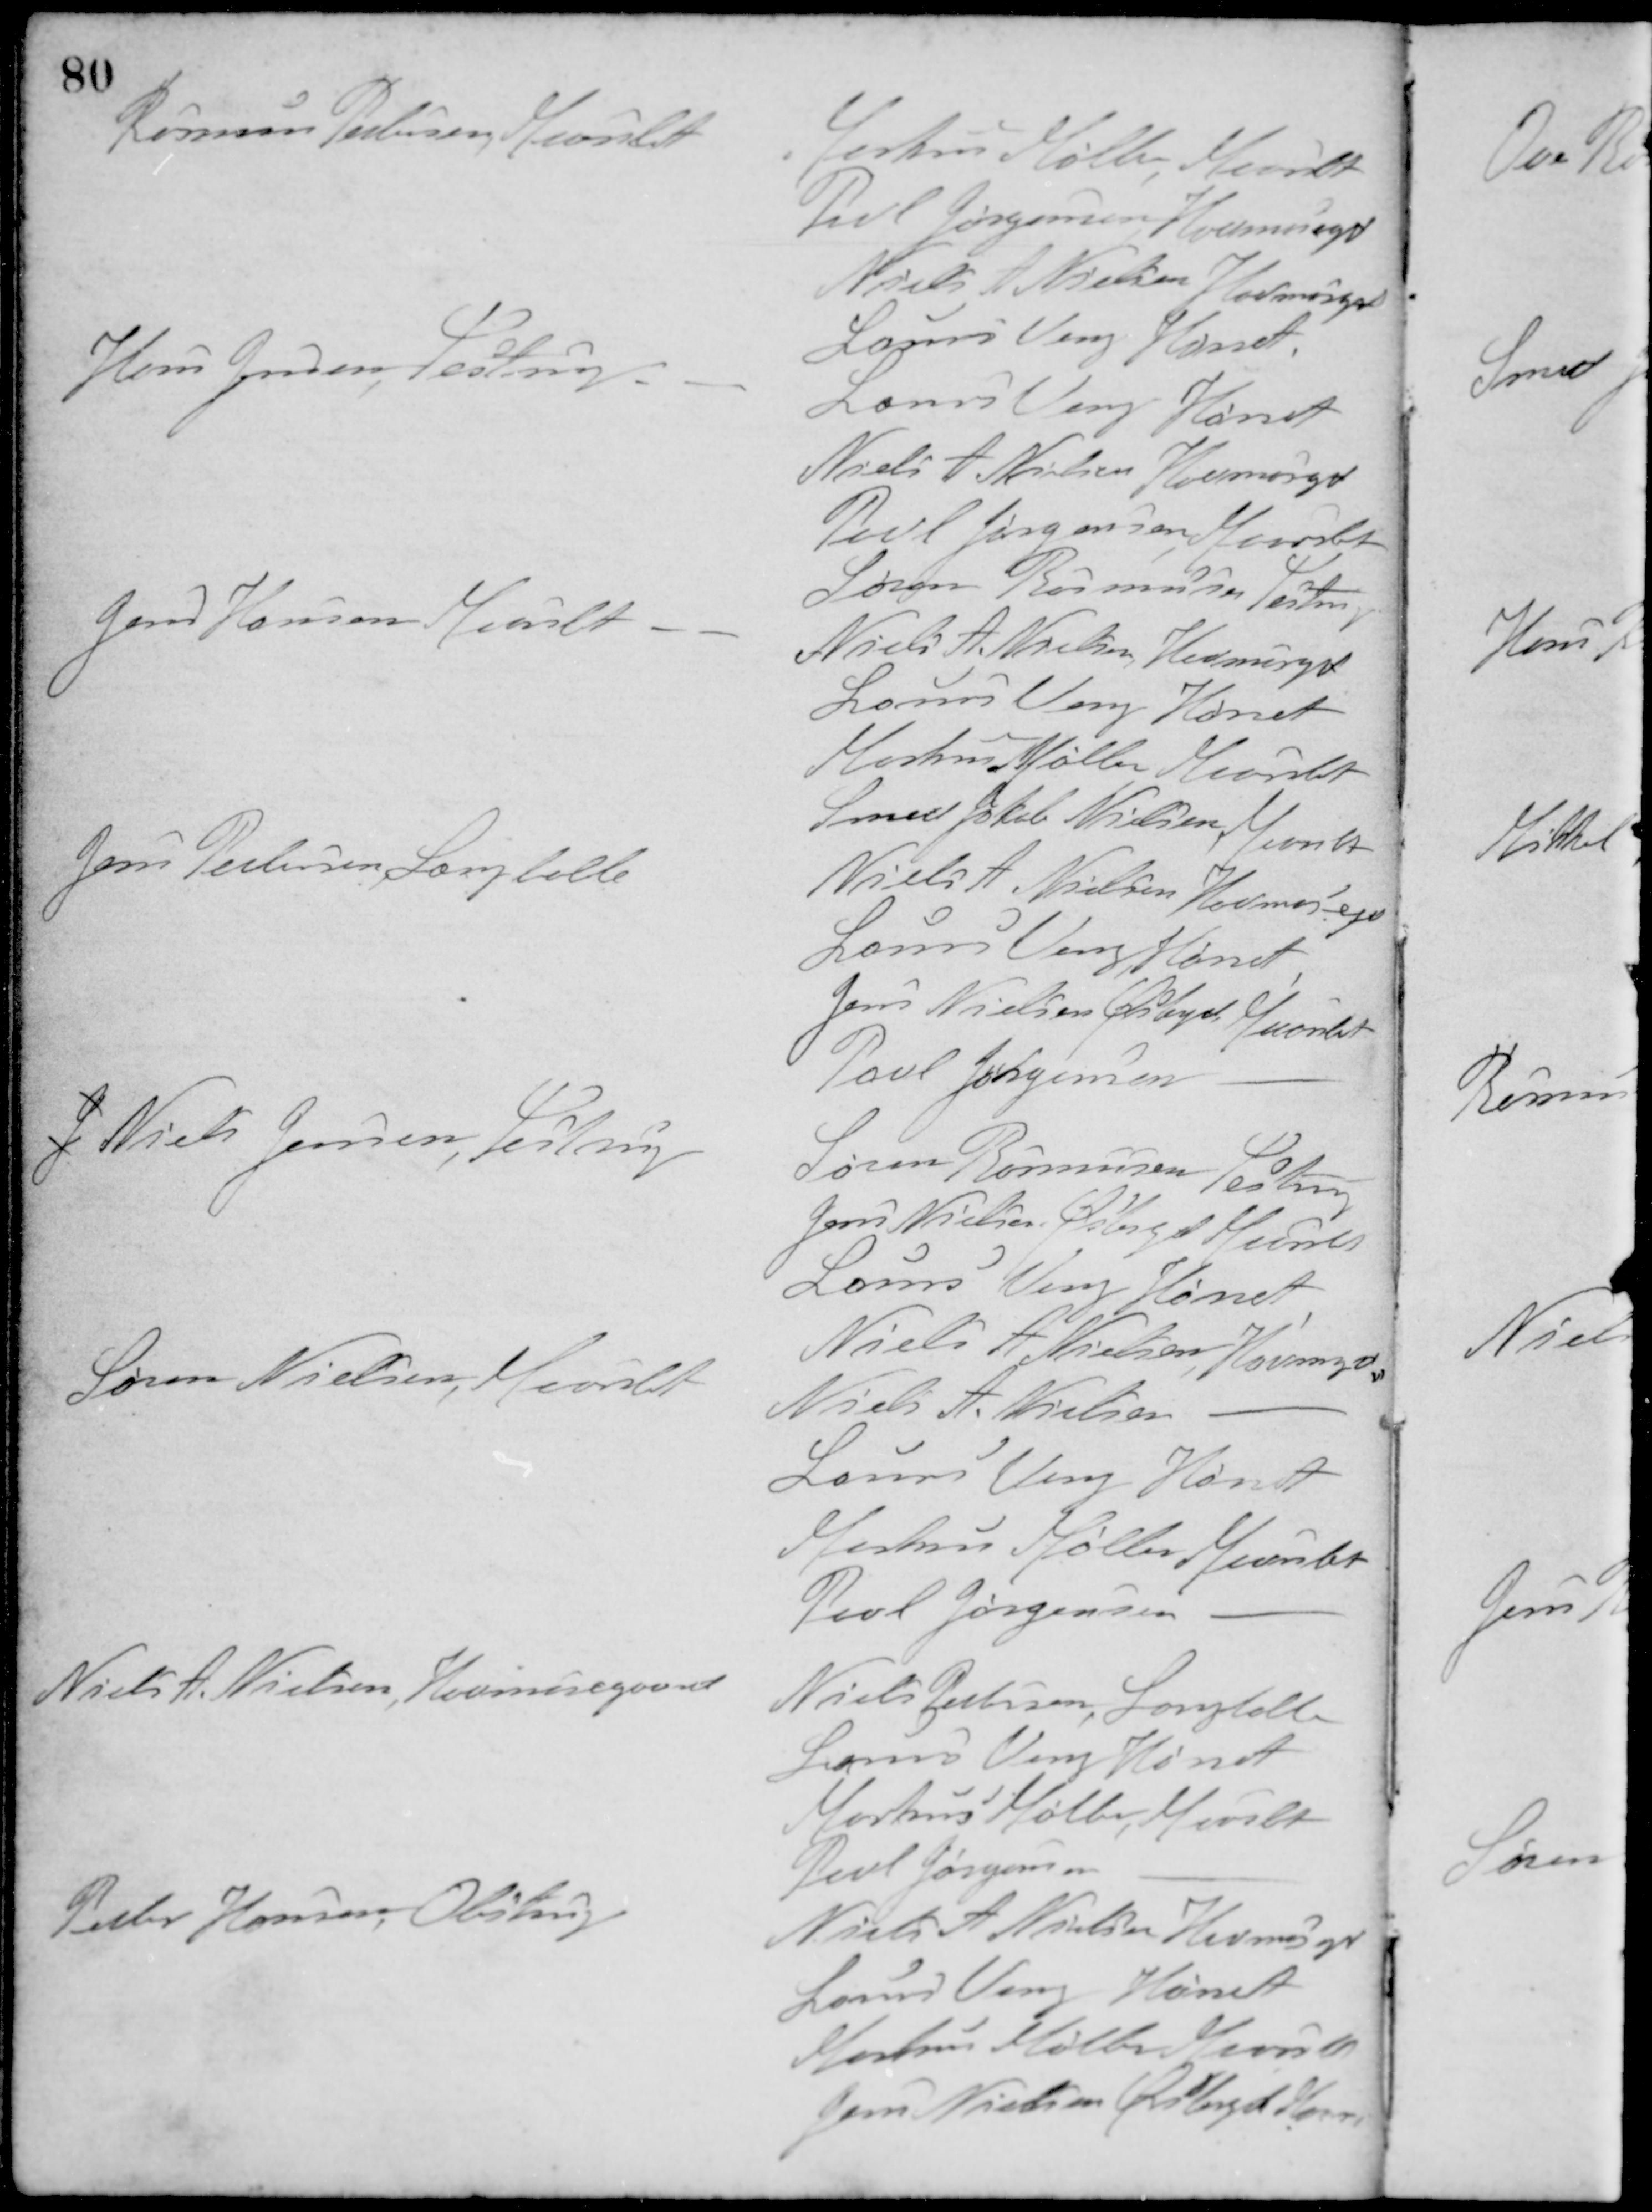
Transskription:
Rasmus Pedersen, Maarslet
Markus Møller, Maarslet
Povl Jørgensen, Havmosegd.
Niels A. Nielsen Havmosegd.
Laurs Veng Hørret
Hans Jensen, Testrup
Laurs Veng Hørret
Niels A. Nielsen Havmosegd.
Povl Jørgensen Maarslet
Søren Rasmussen Testrup
Jens Hansen Maarslet
Niels A. Nielsen, Havmosegd.
Laurs Veng Hørret
Markus Møller Maarslet
Smed Jakob Nielsen, Maarslet
Jens Petersen, Langballe
Niels A. Nielsen Havmosegd.
Laurs Veng, Hørret
Jens Nielsen Østergd, Maarslet
Povl Jørgensen -
Niels Jensen, Testrup
Søren Rasmussen Testrup
Jens Nielsen Østergd Maarslet
Laurs Veng Hørret
Niels A. Nielsen, Havmosegd.
Søren Nielsen, Maarslet
Niels A. Nielsen -
Laurs Veng Hørret
Markus Møller Maarslet
Povl Jørgensen -
Niels A. Nielsen, Havmosegaard
Niels Pedersen, Langballe
Laurs Veng Hørret
Markus Møller, Maarslet
Povl Jørgensen -
Peder Hansen, Obstrup
Niels A. Nielsen Havmosegd.
Laurs Veng Hørret
Markus Møller Maarslet
Jens Nielsen Østergd Maar